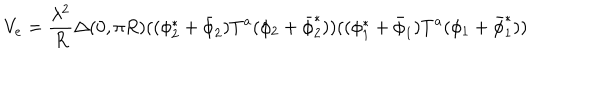
V _ { e } = { \frac { \lambda ^ { 2 } } { R } } \Delta ( 0 , \pi R ) ( ( \phi _ { 2 } ^ { * } + \bar { \phi } _ { 2 } ) T ^ { a } ( \phi _ { 2 } + \bar { \phi } _ { 2 } ^ { * } ) ) ( ( \phi _ { 1 } ^ { * } + \bar { \phi } _ { 1 } ) T ^ { a } ( \phi _ { 1 } + \bar { \phi } _ { 1 } ^ { * } ) )